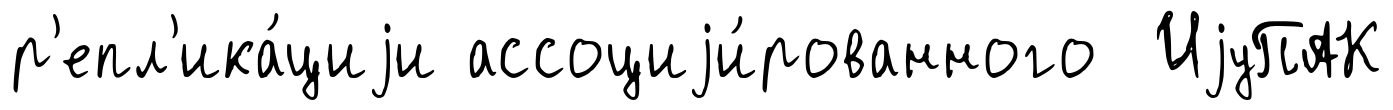
р'епл'ика́циjи ассоциjи́рованного ИjуПАК